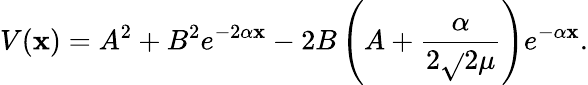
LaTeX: V(\mathbf{x})=A^{2}+B^{2}e^{-2\alpha\mathbf{x}}-2B\left(A+\frac{{\alpha}}{{2\sqrt{}{{2\mu}}}}\right)e^{-\alpha\mathbf{x}}.